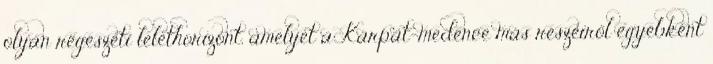
olyan régészeti lelethorizont, amelyet a Kárpát-medence más részeiről egyébként